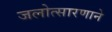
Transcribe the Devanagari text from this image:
जलोत्सारणाने